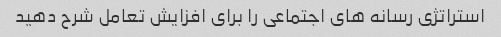
استراتژی رسانه های اجتماعی را برای افزایش تعامل شرح دهید